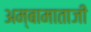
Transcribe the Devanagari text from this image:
अम्बामाताजी